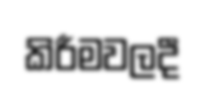
කිරීමවලදී